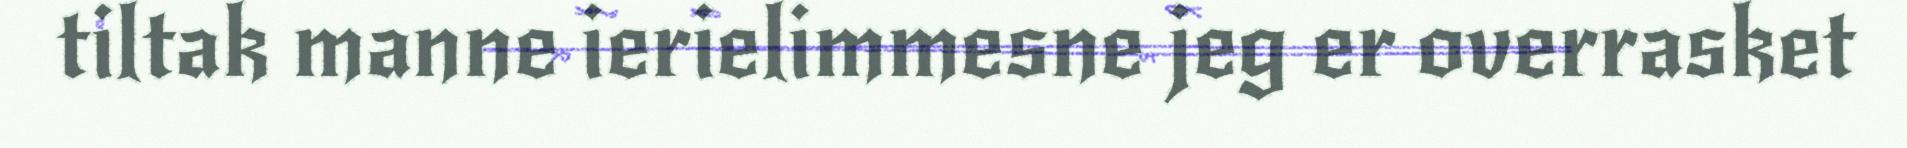
tiltak manne ierielimmesne jeg er overrasket